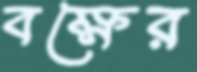
বক্ষের